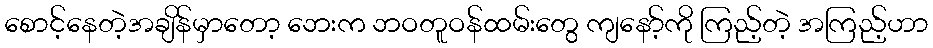
စောင့်နေတဲ့အချိန်မှာတော့ ဘေးက ဘဝတူဝန်ထမ်းတွေ ကျနော့်ကို ကြည့်တဲ့ အကြည့်ဟာ